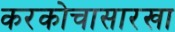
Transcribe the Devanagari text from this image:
करकोचासारखा